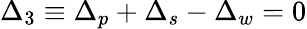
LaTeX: \Delta_{3}\equiv\Delta_{p}+\Delta_{s}-\Delta_{w}=0